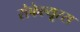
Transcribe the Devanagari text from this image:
सेफेल्यूरस